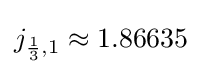
j_{{\frac {1}{3}},1}\approx 1.86635